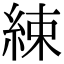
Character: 綀